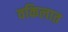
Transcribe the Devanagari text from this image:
वकिलात